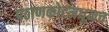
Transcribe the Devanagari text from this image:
पठाणकोटमधूनच